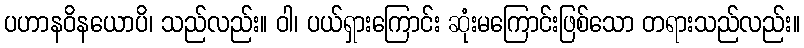
ပဟာနဝိနယောပိ၊ သည်လည်း။ ဝါ၊ ပယ်ရှားကြောင်း ဆုံးမကြောင်းဖြစ်သော တရားသည်လည်း။